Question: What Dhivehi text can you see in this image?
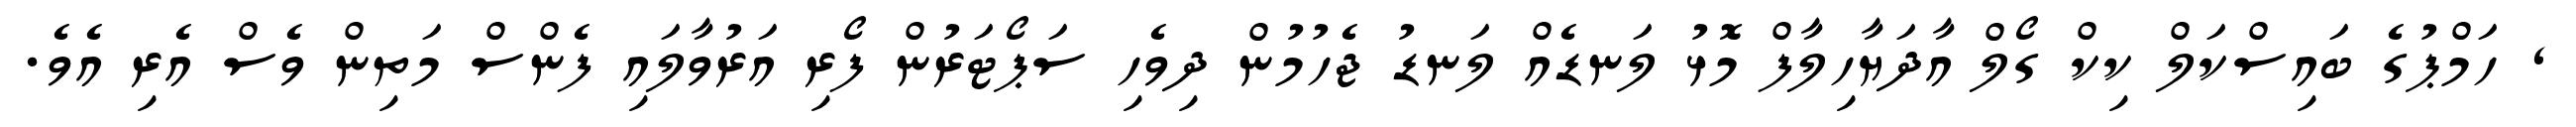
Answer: , ހަމްޕުގެ ބައިސްކަލް ކިކް ގޯލް އާދަޔާހިލާފް މޮޅު ލަނޑެއް ލަނޑު ޖެހުމުން ދިވެހި ސަޕޯޓަރުން ފޯރި އަރުވާލައި ފެންސް މަތިން ވެސް އެރި އެވެ.